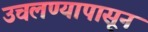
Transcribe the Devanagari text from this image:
उचलण्यापासून